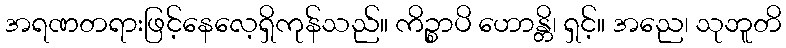
အရဏတရားဖြင့်နေလေ့ရှိကုန်သည်။ ကိဉ္စာပိ ဟောန္တိ၊ ရှင့်။ အညေ၊ သုဘူတိ